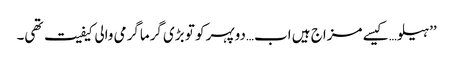
’’ہیلو…کیسے مزاج ہیں اب…دوپہر کو تو بڑی گرماگرمی والی کیفیت تھی۔